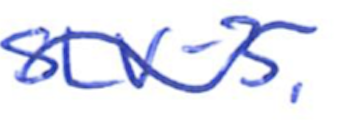
Text: SLV-3.
Cross-out: wave
Writing tool: ballpoint